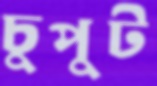
চুপুট